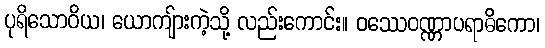
ပုရိသောဝိယ၊ ယောကျ်ားကဲ့သို့ လည်းကောင်း။ ဝဿေဝဏ္ဏာပရာဓိကော၊